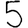
Digit: 5